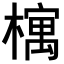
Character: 𣛡